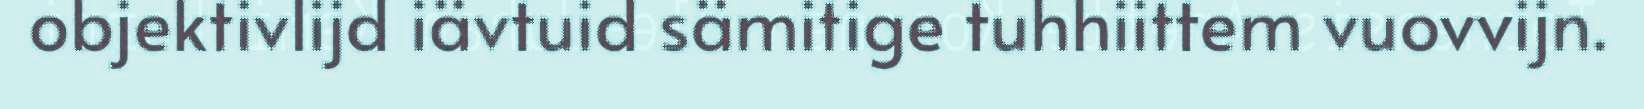
objektivlijd iävtuid sämitige tuhhiittem vuovvijn.